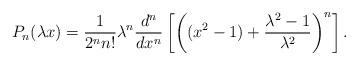
LaTeX: \begin{align*}P_{n}(\lambda x) = \dfrac{1}{2^{n}n!} \lambda ^{n}\dfrac{d^{n}}{dx^{n}}\left[\left((x^{2}-1)+\dfrac{\lambda ^{2}-1}{\lambda ^{2}}\right)^{n}\right].\end{align*}